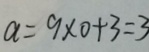
a = 9 \times 0 + 3 = 3